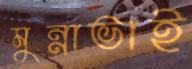
মুন্নাভাই